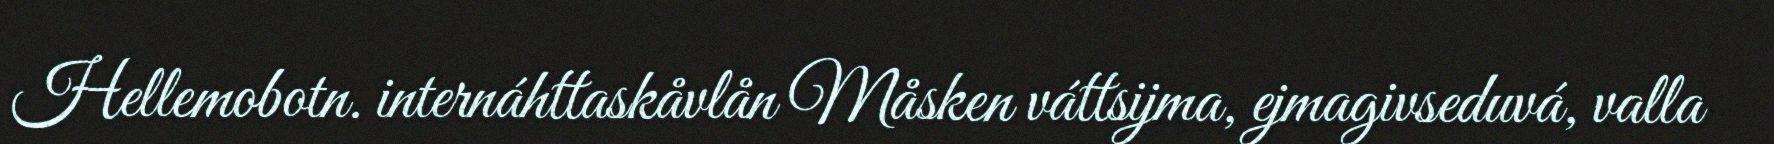
Hellemobotn. internáhttaskåvlån Måsken váttsijma, ejmagivseduvá, valla